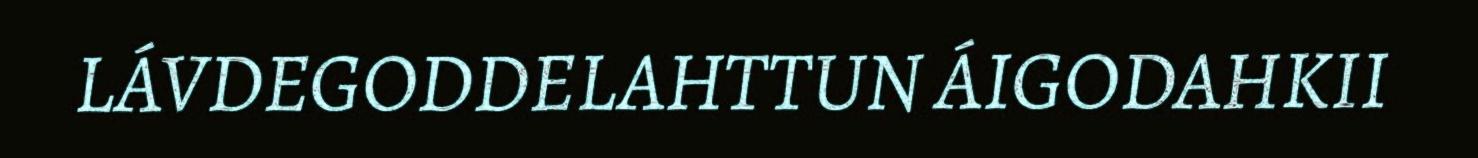
LÁVDEGODDELAHTTUN ÁIGODAHKII